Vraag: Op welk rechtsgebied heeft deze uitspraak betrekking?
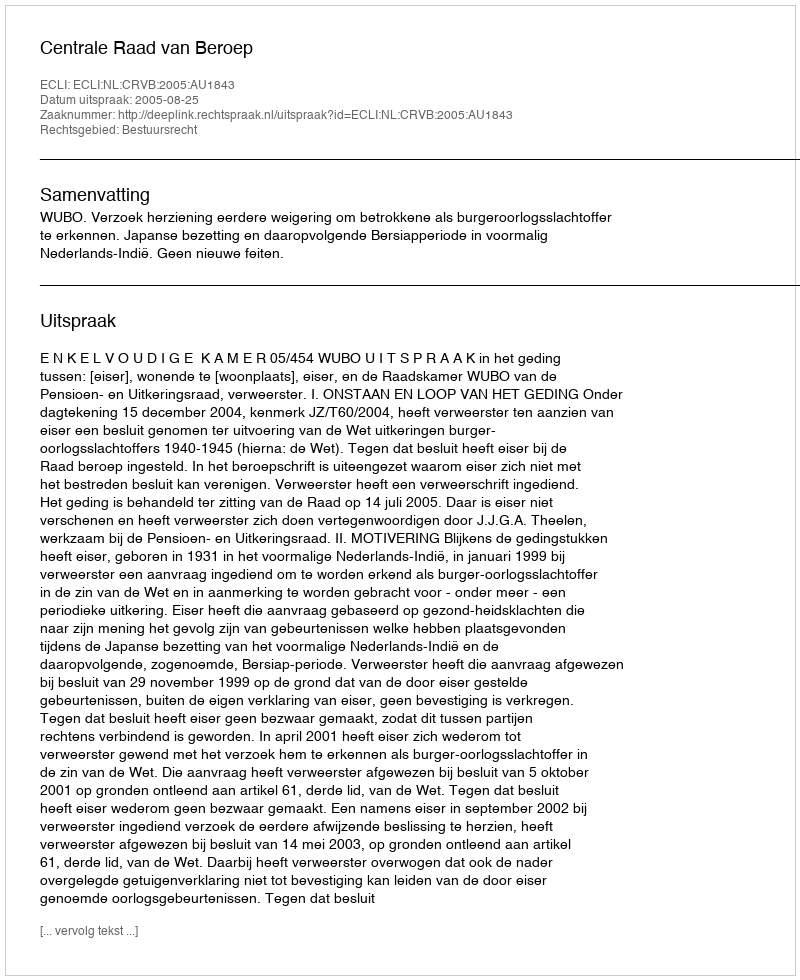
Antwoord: Bestuursrecht